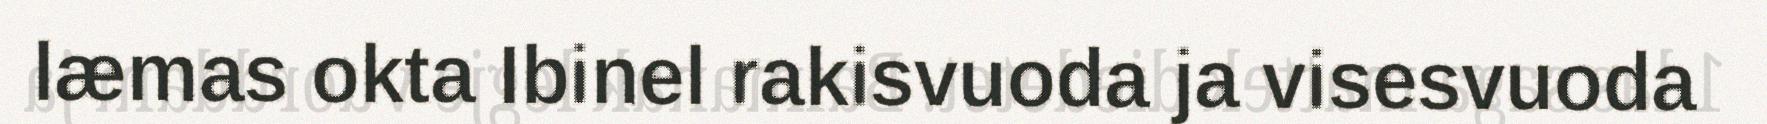
læmas okta Ibinel rakisvuoda ja visesvuoda